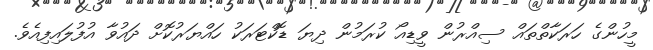
މީހުންގެ ހަރަކާތްތައް ސިއްރުން ވީޑިއޯ ކުރަމުން ދިޔަ ޑޮކްޓަރަކު ހައްޔަރުކޮށް ދައުވާ އުފުލައިފިއެވެ.